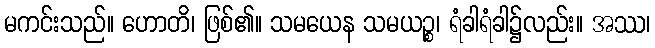
မကင်းသည်။ ဟောတိ၊ ဖြစ်၏။ သမယေန သမယဉ္စ၊ ရံခါရံခါ၌လည်း။ အဿ၊